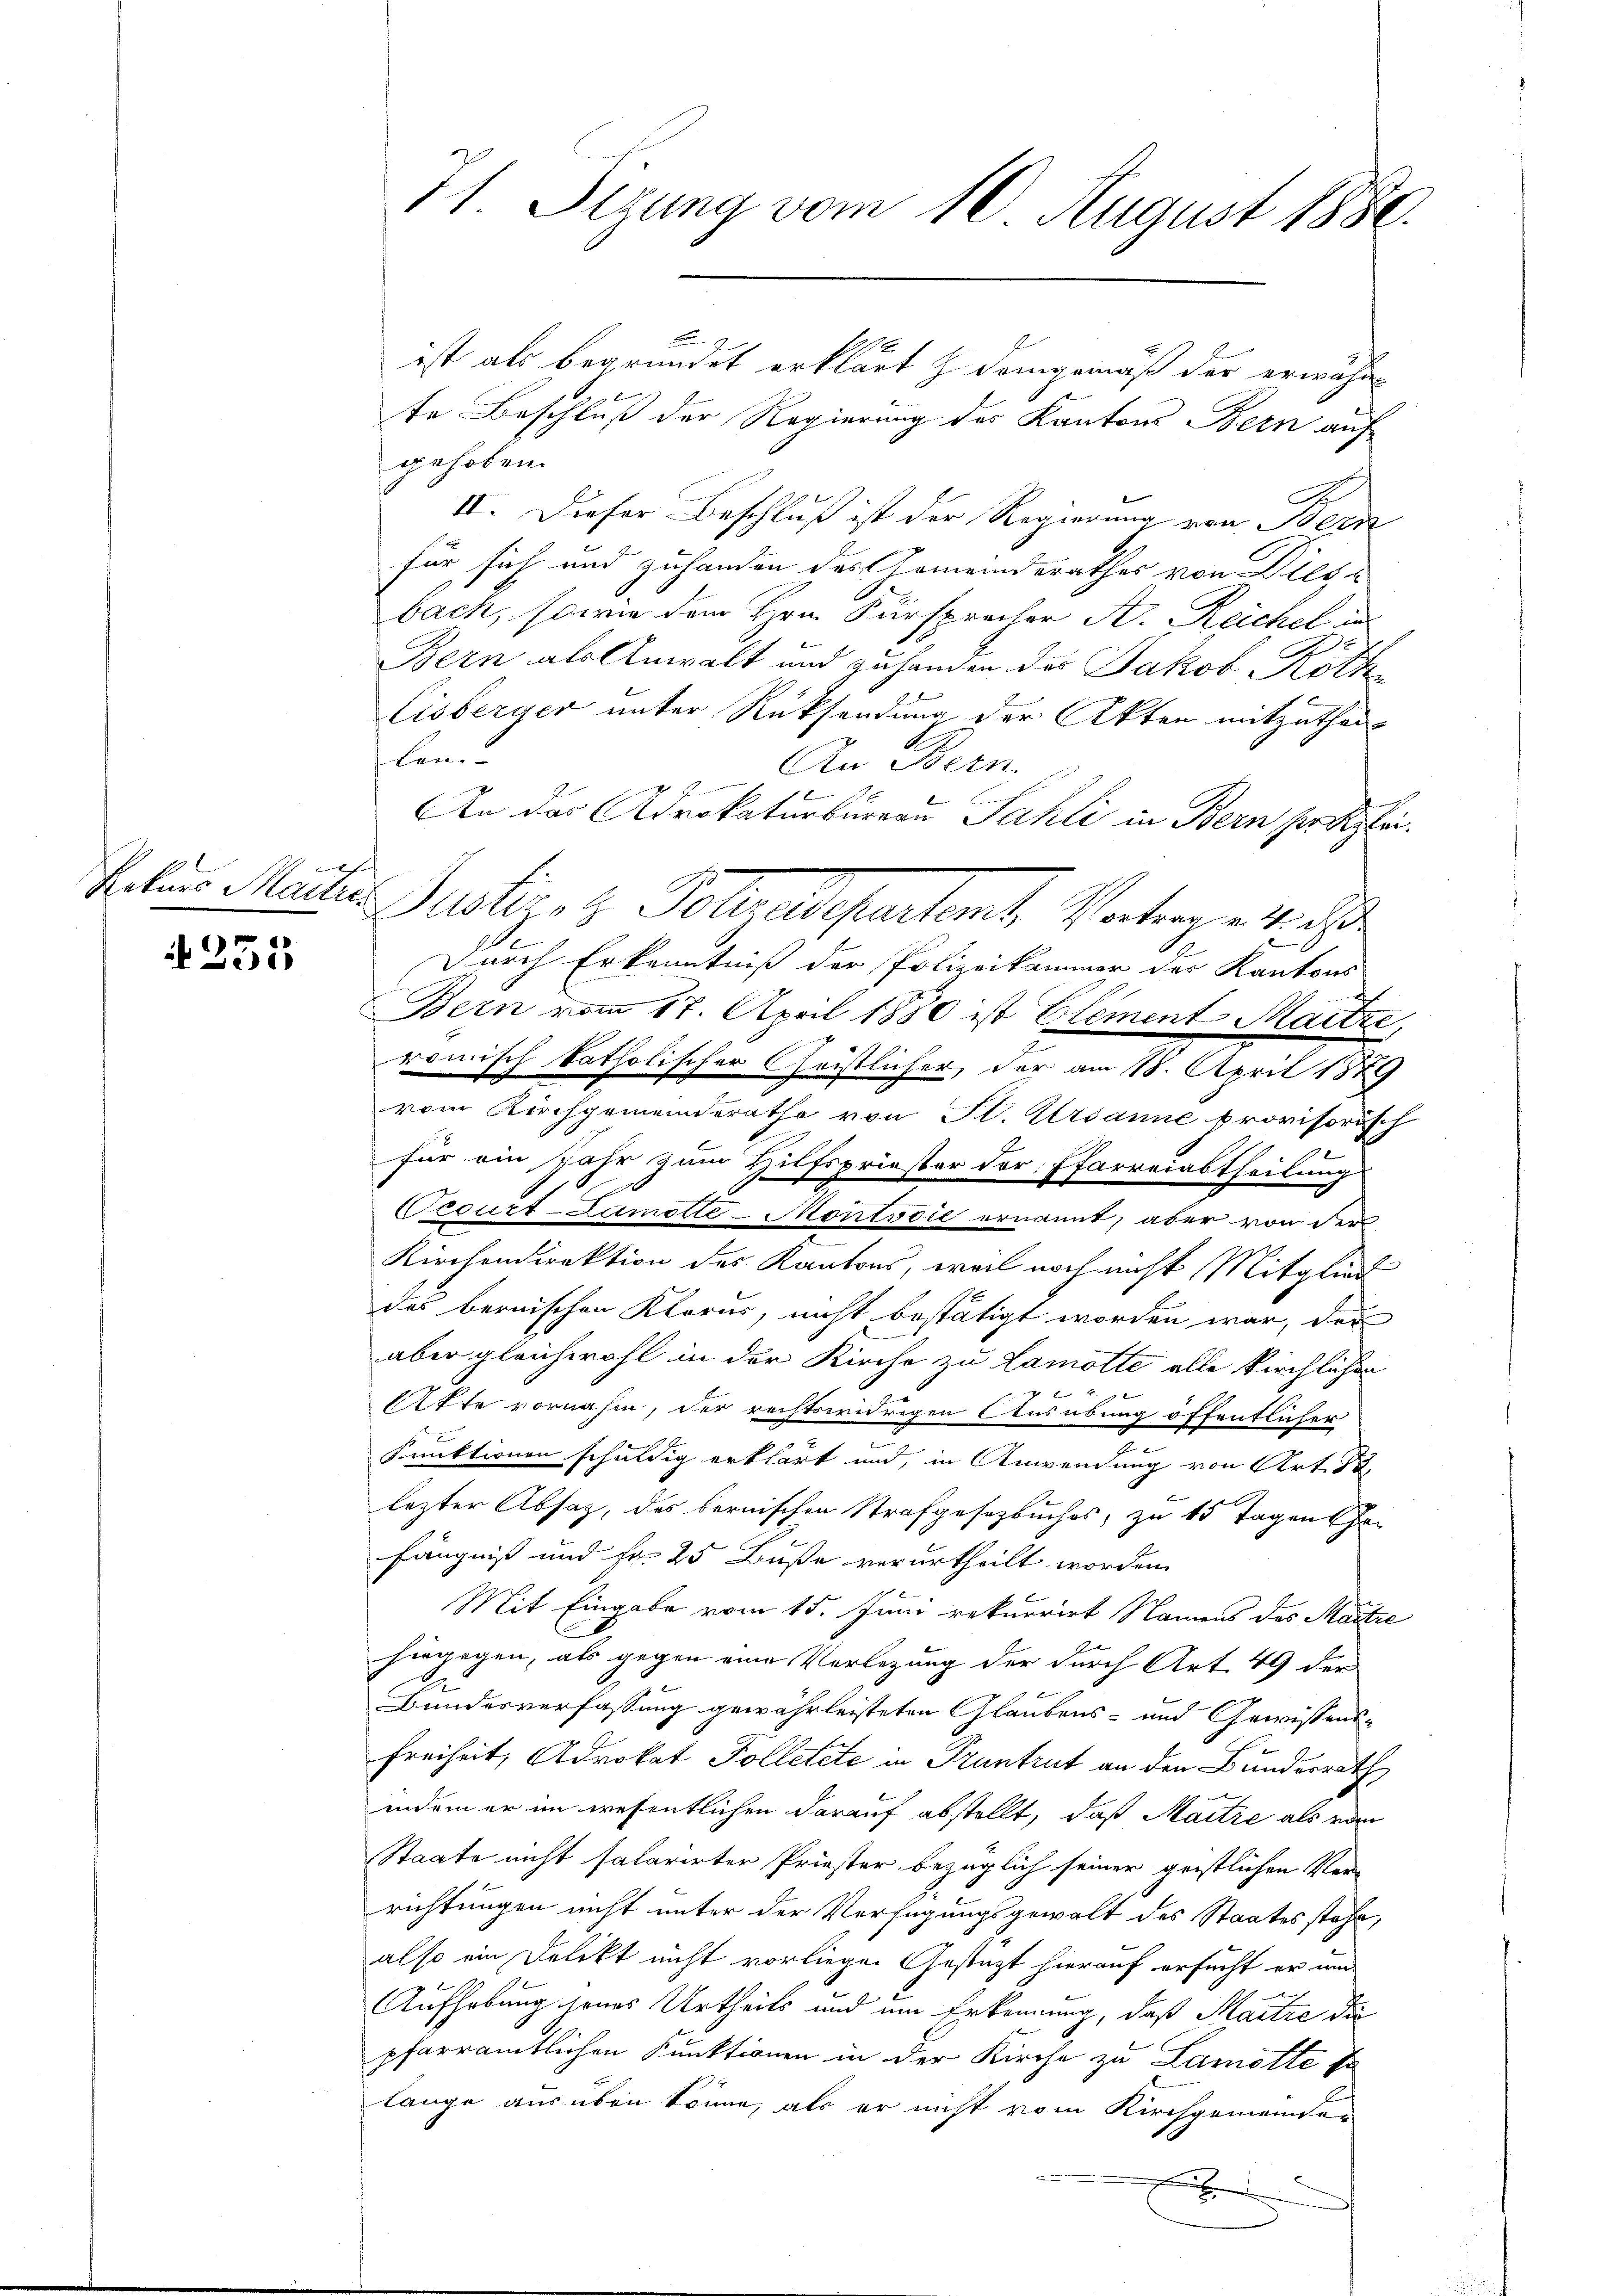
Rekurs Martin

255

71 Sizung vom 10. August 1880.

F
te Beschluß der Regierung des Kantons Bern auf
gehoben.
II. Dieser Beschluß ist der Regierung von Bern
für sich und zuhanden des Gemeinderathes von Diese
bach, sowie dem Hrn. Fürsprecher A. Reichel in
2
Bern als Anwalt und zuhanden des Jakob Roth
Eisberger unter Rücksendung der Akten mitzuthei-
len.
An Bern
 6
An das Advokaturbureau Sahli in Bern ser Kleic
Durch Erkenntniß der Polizeikammer der Kantons
Bern vom 17. April 1880 ist Element-Maitre,
römisch katholischer Christlicher, der am 18. April 1889
vom Kirchgemeinderathe von St. Ursanne provisorisch
für ein Jahr zum Hilfspriester der Pfarreiabtheilung
Cecurt-Lamolte-Montsoie ernannt, aber von der
Kirchendirektion des Kantons, weil noch nicht Mitglied
des bernischen Klarus, nicht bestätigt worden war, der
aber gleichwohl in der Kirche zu Lamotte alle kirchlichen
Afte vornahm, der rechtswidrigen Ausübung öffentlicher
s
Funktionen schuldig erklärt und, in Anwendung von Art. 83.
lezter Absatz, des bernischen Strafgesetzbuches, zu 15 Tagen hafängniß und Fr. 25 Buße verurtheilt worden.
Mit Eingabe vom 15. Juni rekurrirt Namens des Martie
hingegen, als gegen eine Verlegung der durch Art. 49 der
Bundesverfassung gewährleisteten Glaubens- und Gewissens¬
Freiheit, Advokat Tolletete in Pruntrut an den Bundesrath
indem er im wesentlichen darauf abstellt, daß Martie als von
Staate nicht salarirter Priester bezüglich seiner geistlichen Ver-
richtungen nicht unter der Verfügungsgewalt des Staates stehe,
also ein Delikt nicht vorliegen Gestützt hierauf ersucht er und
Aufhebung seines Urtheils und um Erkennung, daß Martze die
pfarramtlichen Funktionen in der Kirche zu Lamotte so
lange ausüben könne, als er nicht vom Kirchgemeinder
x

ist als begründet erklärt & demgemäß der erwähn¬

Pacter, 2. Folgesehentent Vertrages